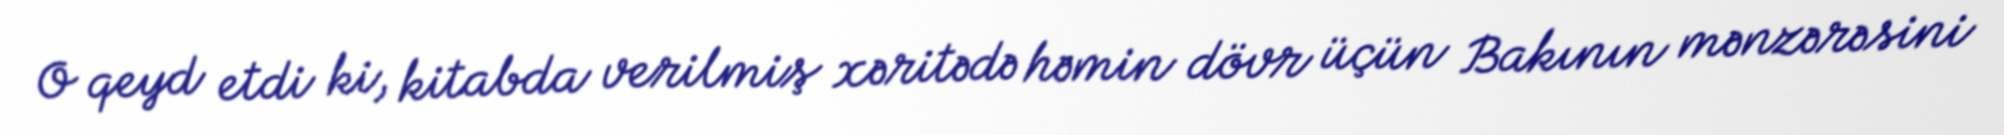
O qeyd etdi ki, kitabda verilmiş xəritədə həmin dövr üçün Bakının mənzərəsini